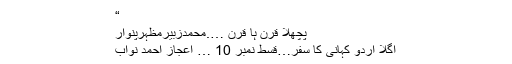
“
پچھلا قرن ہا قرن ….محمدزبیرمظہرپنوار
اگلا اردو کہانی کا سفر…قسط نمبر 10 … اعجاز احمد نواب